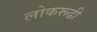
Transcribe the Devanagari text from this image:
लोकरूढी